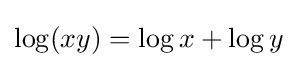
\log(xy)=\log x+\log y